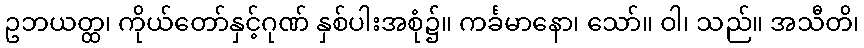
ဥဘယတ္ထ၊ ကိုယ်တော်နှင့်ဂုဏ် နှစ်ပါးအစုံ၌။ ကင်္ခမာနော၊ သော်။ ဝါ၊ သည်။ အသီတိ၊